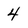
Character: 4